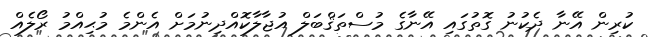
ކުރިން އޭނާ ދެކުނު ގޮތުގައި އޭނާގެ މުސްތަޤްބަލް އުޖާލާކޮއްދިނުމަށް އެންމެ މުޙިއްމު ރޯލެއް